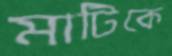
মাটিকে